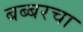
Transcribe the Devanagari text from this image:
बब्बरचा